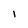
Character: l